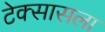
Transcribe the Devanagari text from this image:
टेक्सासला